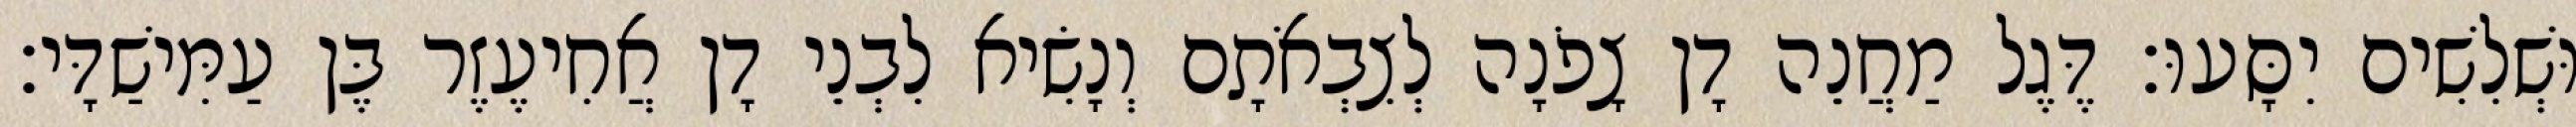
וּשְׁלִשִׁים יִסָּעוּ׃ דֶּגֶל מַחֲנֵה דָן צָפֹנָה לְצִבְאֹתָם וְנָשִׂיא לִבְנֵי דָן אֲחִיעֶזֶר בֶּן עַמִּישַׁדָּי׃